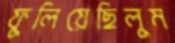
ফুলিয়েছিলুম